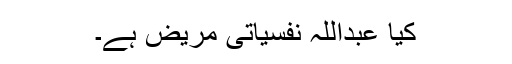
کیا عبداللہ نفسیاتی مریض ہے۔